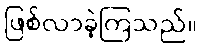
ဖြစ်လာခဲ့ကြသည်။